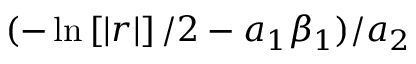
( - \ln \left[ | r | \right] / 2 - a _ { 1 } \beta _ { 1 } ) / a _ { 2 }